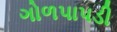
ગોળપાપડી